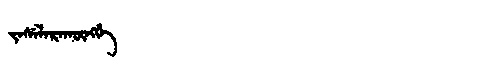
Manchu: ᠵᠠᠰᡝᠯᠠᡵᠠᡴᡡᠩᡤᡝ
Romanization: JASELARAKŪNGGE